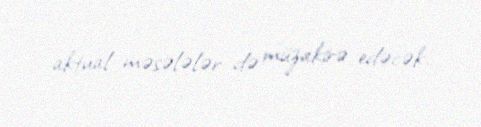
aktual məsələlər də müzakirə edəcək.